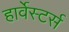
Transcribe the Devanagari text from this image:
हार्वेस्टर्स